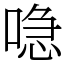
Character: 喼